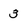
Character: 3